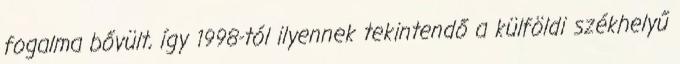
fogalma bővült, így 1998-tól ilyennek tekintendő a külföldi székhelyű